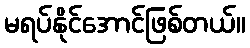
မရပ်နိုင်အောင်ဖြစ်တယ်။